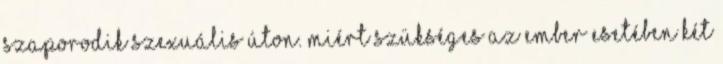
szaporodik szexuális úton. Miért szükséges az ember esetében két